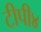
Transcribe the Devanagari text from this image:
टीपी४